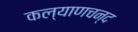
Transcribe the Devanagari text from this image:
कल्याणचन्द